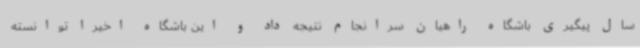
سال پیگیری باشگاه راهیان سرانجام نتیجه داد و این باشگاه اخیرا توانسته